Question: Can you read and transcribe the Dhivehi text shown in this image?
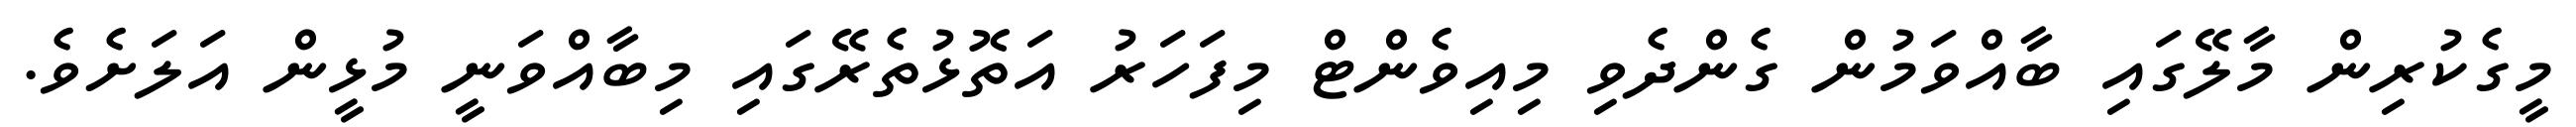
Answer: މީގެކުރިން މާލޭގައި ބާއްވަމުން ގެންދެވި މިއިވެންޓް މިފަހަރު އަތޮޅުތެރޭގައި މިބާއްވަނީ މުޅީން އަލަށެވެ.